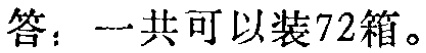
答：一共可以装72箱。